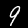
Digit: 9